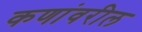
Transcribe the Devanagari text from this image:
कणांवरील